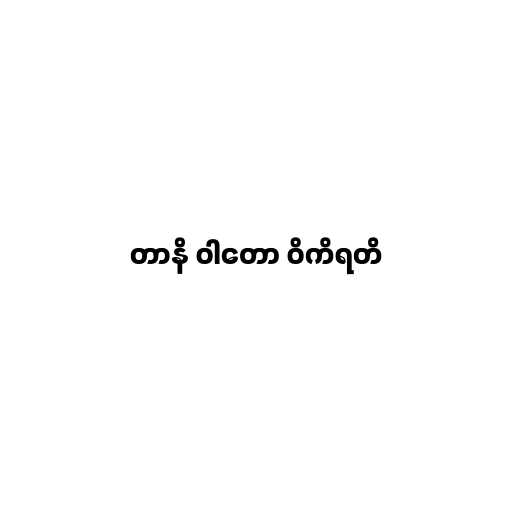
တာနိ ဝါတော ဝိကိရတိ